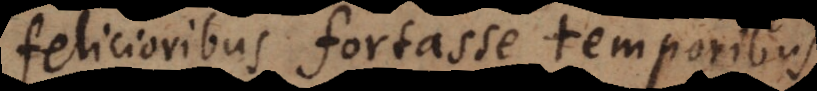
felicioribus fortasse temporibus